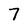
Character: 7